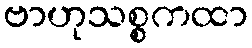
ဗာဟုသစ္စကထာ